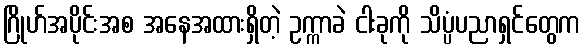
ဂြိုဟ်အပိုင်းအစ အနေအထားရှိတဲ့ ဥက္ကာခဲ ငါးခုကို သိပ္ပံပညာရှင်တွေက